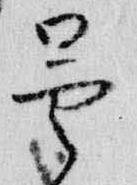
曇